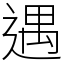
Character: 遇